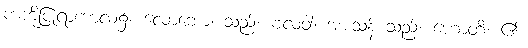
ကံကိုပြုရာကာလ၌။ လောဘော၊ သည်။ ဗလဝါ၊ အားသန် သည်။ ဟောတိ၊ ၏။